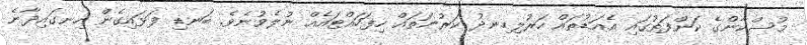
މުސްކާންގެ ކަންފަތުގައި އެއަޑުތައް ހަރުލިހިނދު ކަރުނަތައް ހިފަހައްޓައެއް ނުލެވުނެވެ. ބަނޑި ފަޅައިގެން ހިނގައިދާނެ